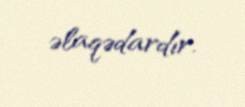
əlaqədardır.